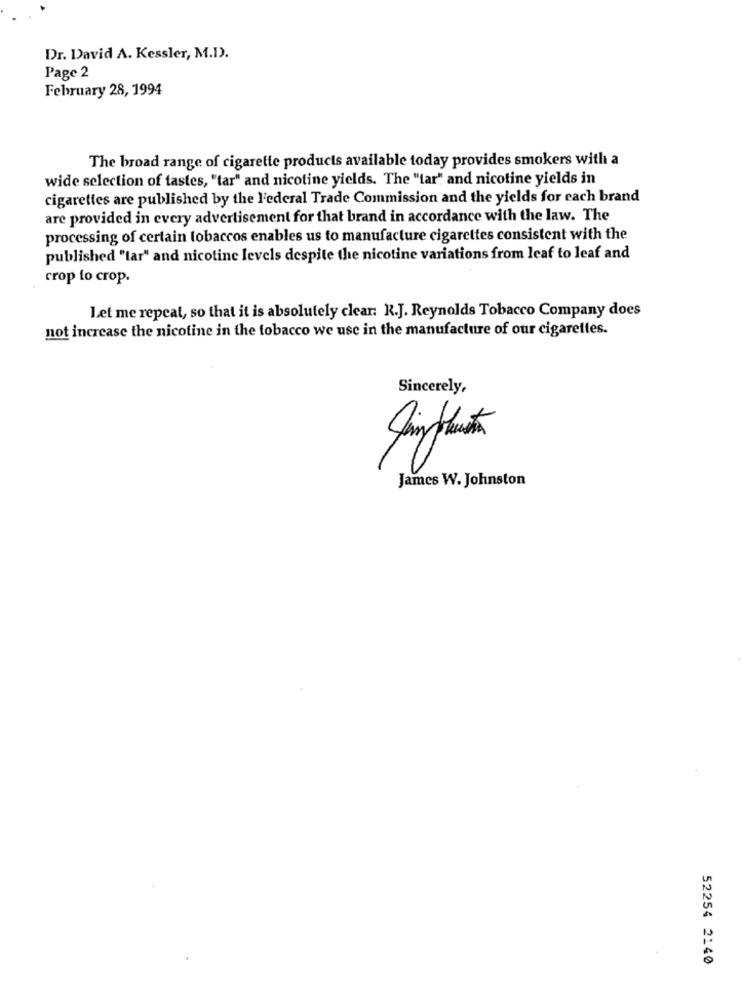
Dr. David A. Kessler, M.D).
Page 2
February 28, 1994
The broad range of cigarette products available today provides smokers with a
wide selection of tastes, "tar" and nicotine yields. The "tar" and nicotine yields in
cigarettes are published by the Federal Trade Commission and the yields for each brand
are provided in every advertisement for that brand in accordance with the law. The
processing of certain tobaccos enables us to manufacture cigarettes consistent with the
published "tar" and nicotine levels despite the nicotine variations from leaf to leaf and
crop to crop.
Let me repeat, so that it is absolutely clear: R.J. Reynolds Tobacco Company does
not increase the nicotine in the tobacco we use in the manufacture of our cigarettes.
Sincerely,
James W. Johnston
52254 2140